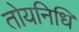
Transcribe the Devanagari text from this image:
तोयनिधि